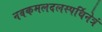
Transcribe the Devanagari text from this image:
नवकमलदलस्पर्धिनेत्रं